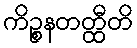
ကိဉ္စနတတ္ထီတိ